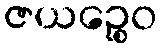
ဇယဉ္စေဝ